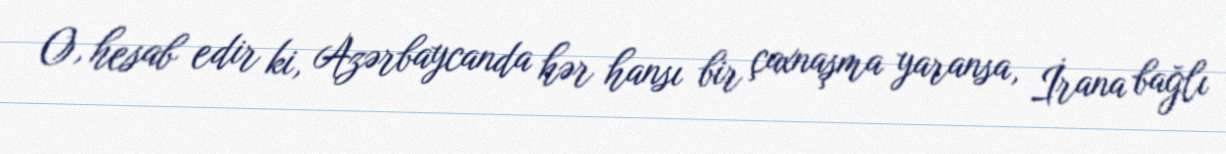
O, hesab edir ki, Azərbaycanda hər hansı bir çaxnaşma yaransa, İrana bağlı